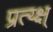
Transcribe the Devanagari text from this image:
प्रत्य्क्ष्